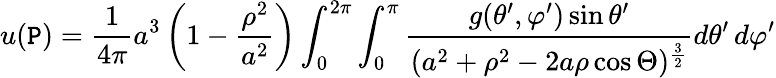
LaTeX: u(\mathtt{P})={\frac{{1}}{{4\pi}}}a^{3}\left(1-{\frac{{\rho^{2}}}{{a^{2}}}}\right)\int_{0}^{2\pi}\int_{0}^{\pi}{\frac{{g(\theta^{\prime},\varphi^{\prime})\sin\theta^{\prime}}}{{(a^{2}+\rho^{2}-2a\rho\cos\Theta)^{\frac{{3}}{{2}}}}}}d\theta^{\prime}\, d\varphi^{\prime}